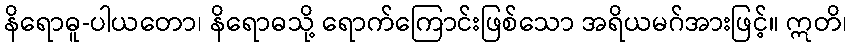
နိရောဓူ-ပါယတော၊ နိရောဓသို့ ရောက်ကြောင်းဖြစ်သော အရိယမဂ်အားဖြင့်။ ဣတိ၊